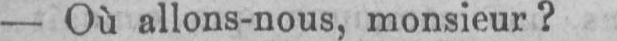
- Où allons-nous, monsieur?